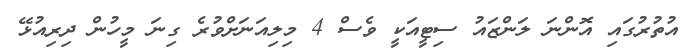
އުތުރުގައި އޮންނަ ލަންޒައު ސިޓީއަކީ ވެސް 4 މިލިއަނަށްވުރެ ގިނަ މީހުން ދިރިއުޅޭ